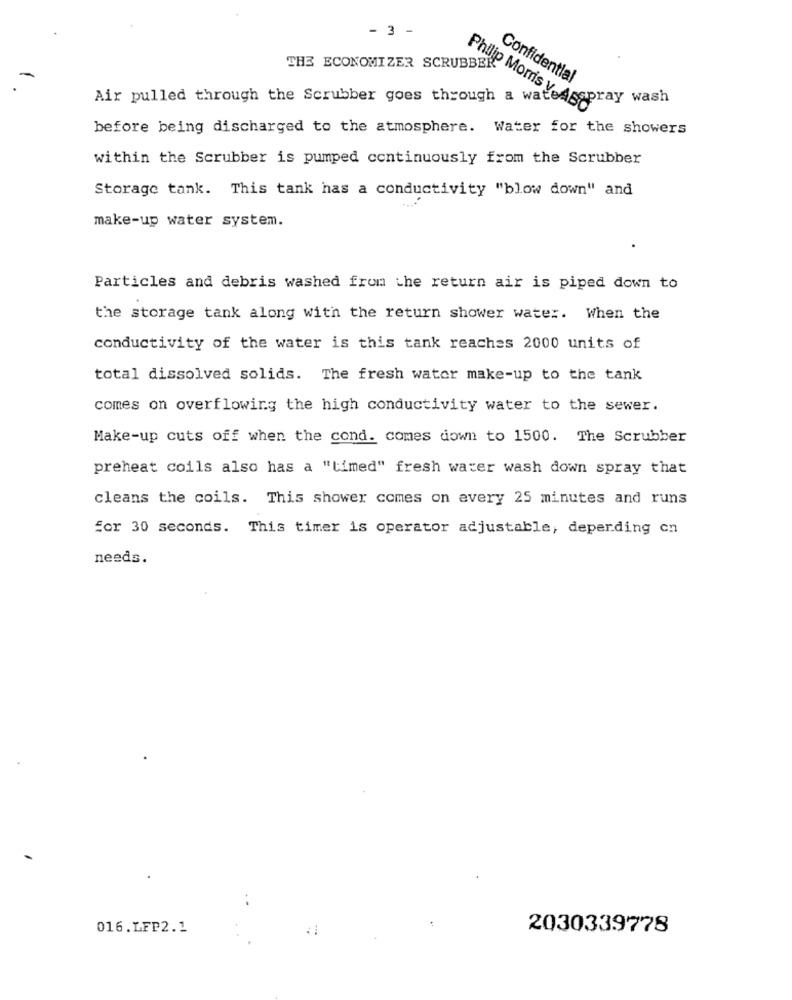
- 3 -
THE ECONOMIZER SCRUBBER
Confidential
Air pulled through the Scrubber goes through a wate
Philip Morris V. Asspray wash
before being discharged to the atmosphere. Water for the showers
within the Scrubber is pumped continuously from the Scrubber
Storage tank. This tank has a conductivity "blow down" and
make-up water system.
Particles and debris washed from the return air is piped down to
the storage tank along with the return shower water. When the
conductivity of the water is this tank reaches 2000 units of
total dissolved solids. The fresh water make-up to the tank
comes on overflowing the high conductivity water to the sewer.
Make-up cuts off when the cond. comes down to 1500. The Scrubber
preheat coils also has a "timed" fresh water wash down spray that
cleans the coils. This shower comes on every 25 minutes and runs
For 30 seconds. This timer is operator adjustable, depending on
needs.
016.LFP2.1
2030339778